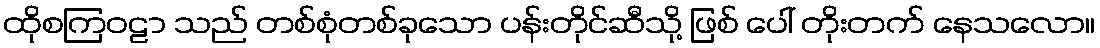
ထိုစကြဝဠာ သည် တစ်စုံတစ်ခုသော ပန်းတိုင်ဆီသို့ ဖြစ် ပေါ် တိုးတက် နေသလော။